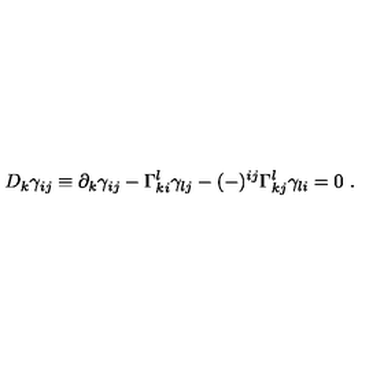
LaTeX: D _ { k } \gamma _ { i j } \equiv \partial _ { k } \gamma _ { i j } - \Gamma _ { k i } ^ { l } \gamma _ { l j } - ( - ) ^ { i j } \Gamma _ { k j } ^ { l } \gamma _ { l i } = 0 \ .